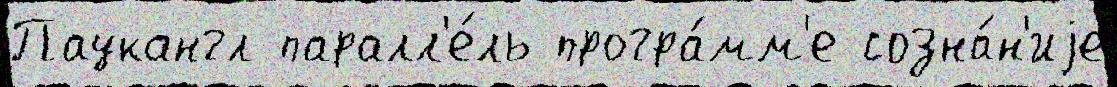
Паукангл паралл'е́ль програ́мм'е созна́н'иjе